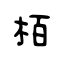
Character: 栢